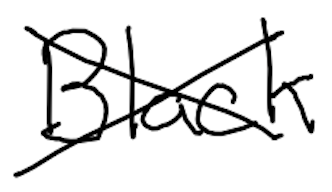
Text: Black
Cross-out: cross
Writing tool: digital_black